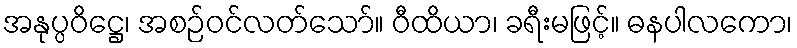
အနုပ္ပဝိဋ္ဌေ၊ အစဉ်ဝင်လတ်သော်။ ဝီထိယာ၊ ခရီးမဖြင့်။ ဓနပါလကော၊